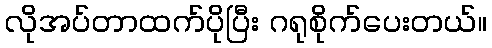
လိုအပ်တာထက်ပိုပြီး ဂရုစိုက်ပေးတယ်။